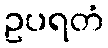
ဥပရတံ